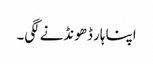
اپنا ہار ڈھونڈنے لگی۔